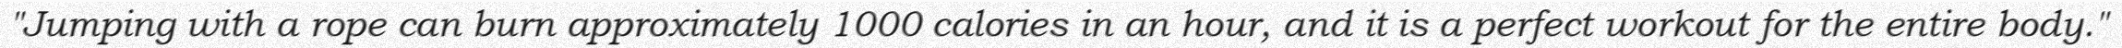
"Jumping with a rope can burn approximately 1000 calories in an hour, and it is a perfect workout for the entire body."